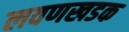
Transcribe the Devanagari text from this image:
लवणखडक